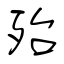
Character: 殆